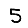
Digit: 5